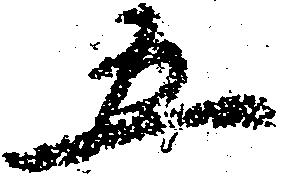
五